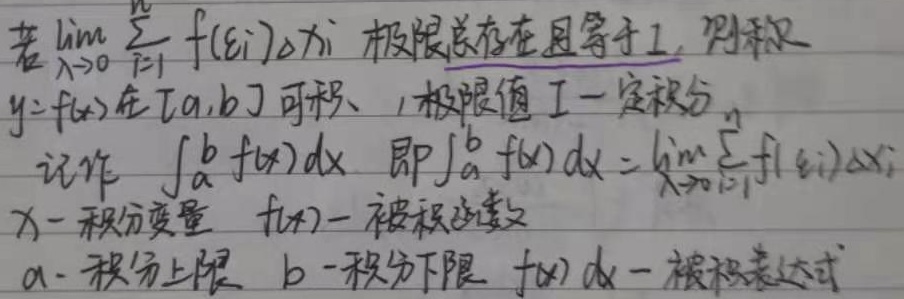
若\(\lim\limits_{\lambda \to 0}\sum_{i = 1}^{n} f(\xi_i)\Delta x_i\)极限总存在且等于\(I\)，则称\(y = f(x)\)在\([a,b]\)可积，极限值\(I\)为定积分，记作\(\int_{a}^{b} f(x)dx\)，即\(\int_{a}^{b} f(x)dx=\lim\limits_{\lambda \to 0}\sum_{i = 1}^{n} f(\xi_i)\Delta x_i\)。其中\(x\)为积分变量，\(f(x)\)为被积函数，\(a\)为积分下限，\(b\)为积分上限，\(f(x)dx\)为被积表达式。